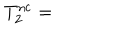
T _ { 2 } ^ { \mathrm { n c } } =